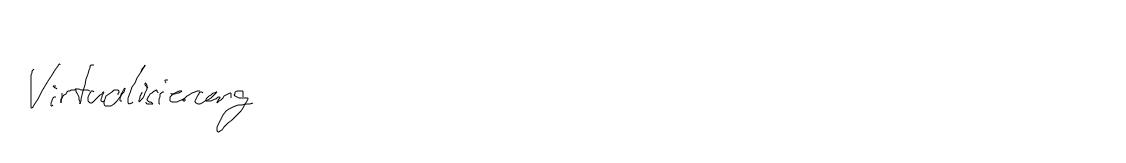
Virtualisierung